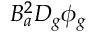
B _ { a } ^ { 2 } D _ { g } \phi _ { g }